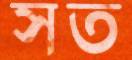
সত